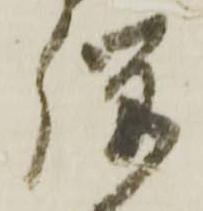
騨